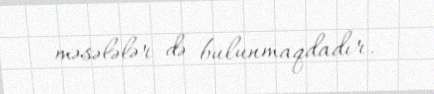
məsələlər də bulunmaqdadır.